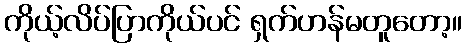
ကိုယ့်လိပ်ပြာကိုယ်ပင် ရှက်ဟန်မတူတော့။